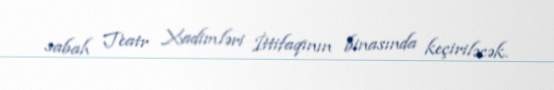
sabah Teatr Xadimləri İttifaqının binasında keçiriləcək.